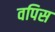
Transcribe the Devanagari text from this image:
वपिस